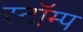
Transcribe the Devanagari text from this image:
स्टॉम्प